Manual of the Civil Veterinary Department, Central Provinces and Berar
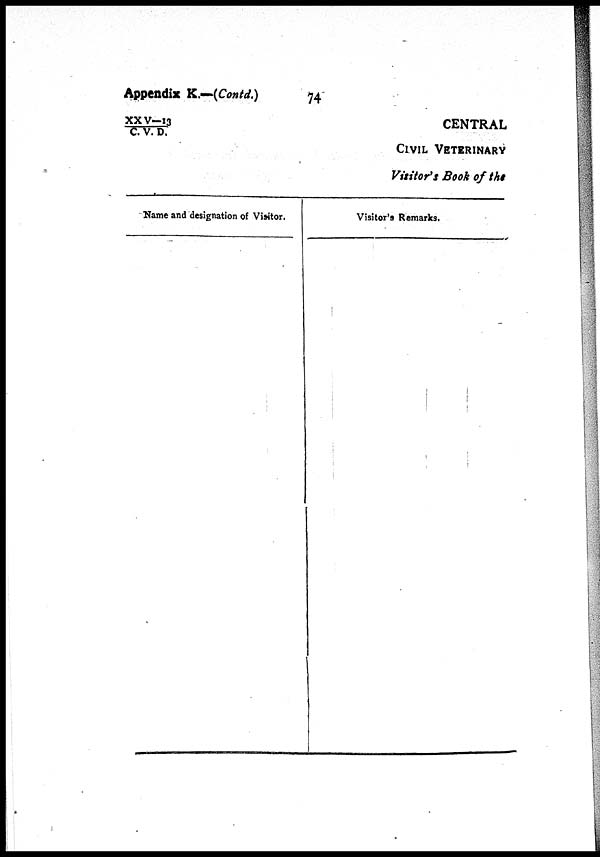
Appendix K.—(Contd.)
74
XXV—13/C.
V. D.
CENTRAL
CIVIL VETERINARY
Visitor's Book of the
Name and designation of Visitor.
Visitor's Remarks.